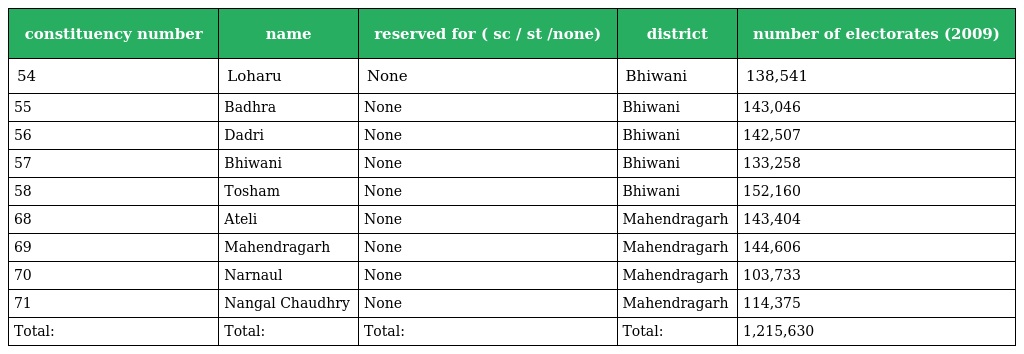
| constituency number | name | reserved for ( sc / st /none) | district | number of electorates (2009) |
 | --- | --- | --- | --- | --- |
 | 54 | Loharu | None | Bhiwani | 138,541 |
 | 55 | Badhra | None | Bhiwani | 143,046 |
 | 56 | Dadri | None | Bhiwani | 142,507 |
 | 57 | Bhiwani | None | Bhiwani | 133,258 |
 | 58 | Tosham | None | Bhiwani | 152,160 |
 | 68 | Ateli | None | Mahendragarh | 143,404 |
 | 69 | Mahendragarh | None | Mahendragarh | 144,606 |
 | 70 | Narnaul | None | Mahendragarh | 103,733 |
 | 71 | Nangal Chaudhry | None | Mahendragarh | 114,375 |
 | Total: | Total: | Total: | Total: | 1,215,630 |